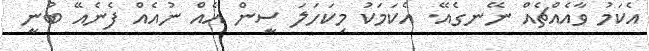
އެކަމު ވާއެއްޗެެއް ނޭނގެއޭ. އެކަމަކު މިކަހަލަ ސީން އެއް ނުއެއް ފެނެއޭ ބުނީ